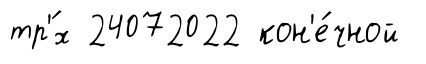
тр'́х 24072022 кон'е́чной